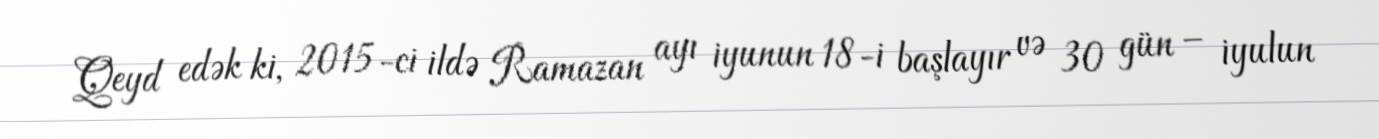
Qeyd edək ki, 2015-ci ildə Ramazan ayı iyunun 18-i başlayır və 30 gün – iyulun